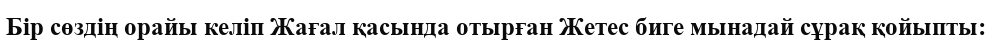
Бір сөздің орайы келіп Жағал қасында отырған Жетес биге мынадай сұрақ қойыпты: